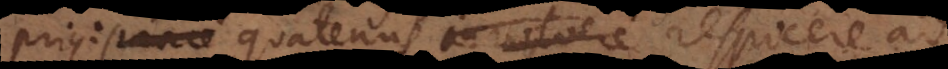
prius: parte quatenus involvere respicere ad